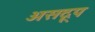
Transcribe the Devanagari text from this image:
असद्रूप